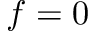
f = 0